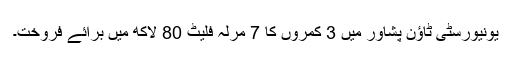
یونیورسٹی ٹاؤن پشاور میں 3 کمروں کا 7 مرلہ فلیٹ 80 لاکھ میں برائے فروخت۔